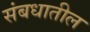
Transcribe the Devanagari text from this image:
संबधातील